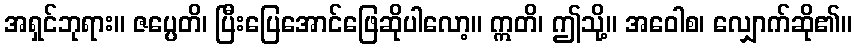
အရှင်ဘုရား။ ဇပ္ပေတိ၊ ပြီးပြေအောင်ဖြေဆိုပါလော့။ ဣတိ၊ ဤသို့။ အဝေါစ၊ လျှောက်ဆို၏။